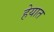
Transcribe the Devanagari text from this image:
हेयात